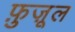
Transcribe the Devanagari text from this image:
फ़ुज़ूल